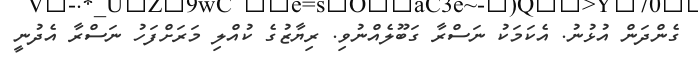
ގެންދަން އުޅުނު. އެކަމަކު ނަސްރާ ގަބޫލެއްނުވި. ރިޔާޒުގެ ކުއްލި މަރަށްފަހު ނަސްރާ އެދުނީ